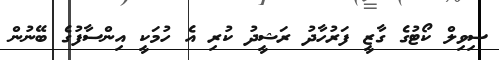
ސިވިލް ކޯޓުގެ ގާޒީ ފަރުހާދު ރަޝީދު ކުރި އެ ހުމަކީ އިންސާފުގެ ބޭނުން